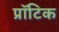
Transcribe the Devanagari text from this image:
प्रॉटिक